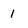
Character: 1